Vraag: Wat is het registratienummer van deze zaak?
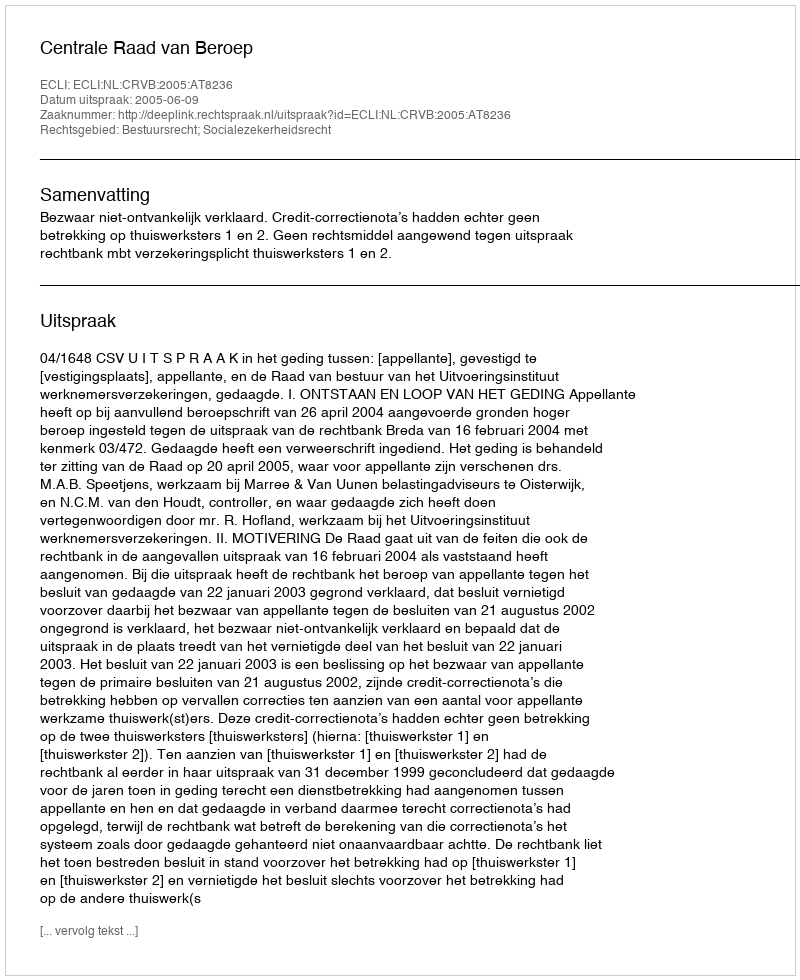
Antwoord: http://deeplink.rechtspraak.nl/uitspraak?id=ECLI:NL:CRVB:2005:AT8236